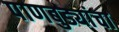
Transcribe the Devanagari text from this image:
पाणबुड्यांचा